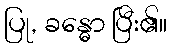
ပြု, ခန္ဓော ပြီး၏။